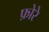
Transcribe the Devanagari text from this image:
फ़ोरे